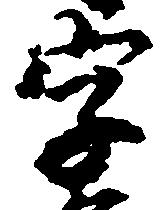
字